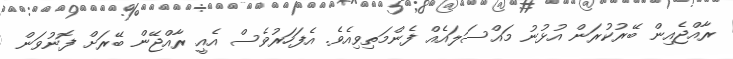
ރާއްޖެއިން ބޭރުކުރަން އުޅުނު މައްސަލައެއް ފެންމަތިވިއެވެ. އެފަހަރުވެސް އެއީ ރާއްޖޭން ބޭރަށް ފޮނުވަން